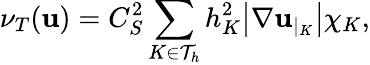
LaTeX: \nu_{T}(\textbf{u})=C_{S}^{2}\displaystyle\sum_{K\in\mathcal{T}_{h}}h_{K}^{2}\big|\nabla\textbf{u}_{|_{K}}\big|\chi_{K},